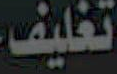
تغليف